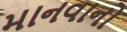
માનવાનો